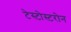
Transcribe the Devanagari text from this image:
टेस्टोस्टरोन